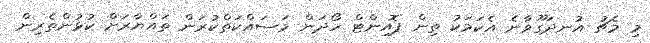
މި މެޗު އުނދަގޫވާނެ އެކަމަކު ތިން ޕޮއިންޓް ހޯދަން މަސައްކަތްކުރަން ތައްޔާރަށް ކުޅުންތެރިން